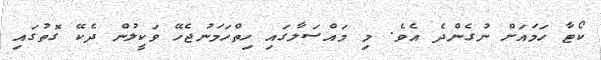
ކޯޓާ ހަމައަށް ނުގެންދެ އެވެ. މި މައްސަލާގައި ހިތްހަމަނުޖެހޭ ވަކީލުން ދެކޭ ގޮތުގައި